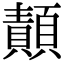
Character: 𩔳